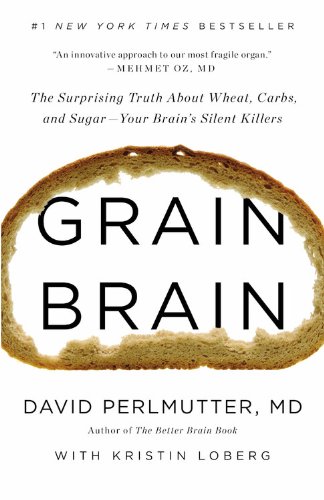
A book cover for Grain Brain: The Surprising Truth about Wheat, Carbs,  and Sugar--Your Brain's Silent Killers; David Perlmutter; Health, Fitness & Dieting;